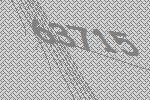
63715